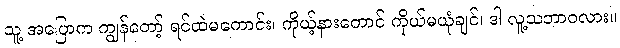
သူ့ အပြောက ကျွန်တော့် ရင်ထဲမကောင်း၊ ကိုယ့်နားတောင် ကိုယ်မယုံချင်၊ ဒါ လူ့သဘာဝလား။